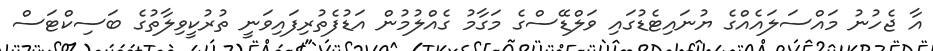
އާ ޖެހުނު މައްސަލައެއްގެ ޔުނައިޓެޑުގައި ވަލްޑޭސްގެ މަގާމު ގެއްލުމުން އަޑުފެތުރިފައިވަނީ ތުރުކީވިލާތުގެ ބަސިކްޓަސް